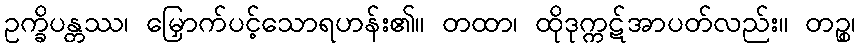
ဥက္ခိပန္တဿ၊ မြှောက်ပင့်သောရဟန်း၏။ တထာ၊ ထိုဒုက္ကဋ်အာပတ်လည်း။ တဉ္စ၊